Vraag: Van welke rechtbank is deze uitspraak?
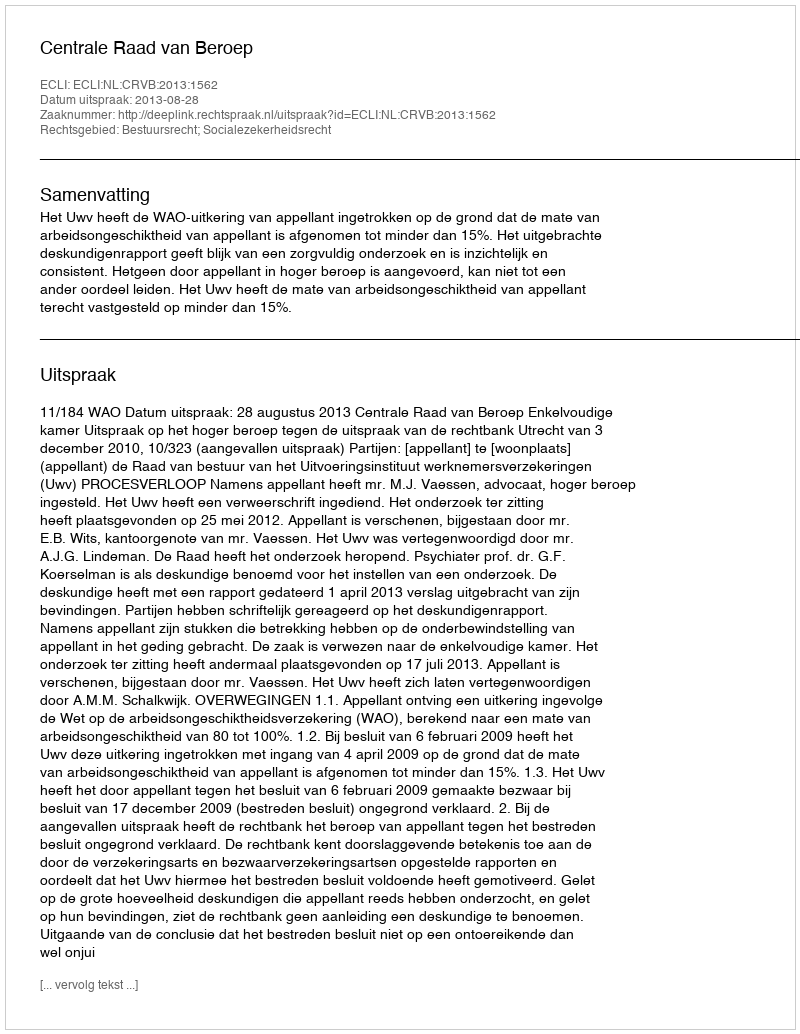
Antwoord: Centrale Raad van Beroep